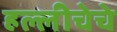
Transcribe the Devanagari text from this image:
हल्लीचेचे